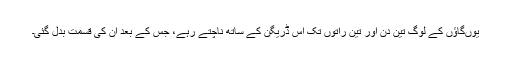
یوںگاؤں کے لوگ تین دن اور تین راتوں تک اِس ڈریگن کے ساتھ ناچتے رہے، جس کے بعد ان کی قسمت بدل گئی۔